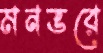
মনভরে